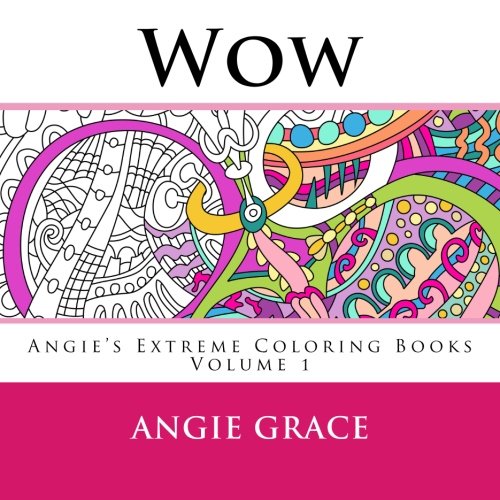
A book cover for Wow (Angie's Extreme Coloring Books Volume 1); Angie Grace; Crafts, Hobbies & Home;